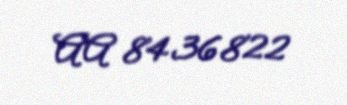
AA 8436822